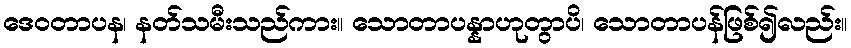
ဒေဝတာပန၊ နတ်သမီးသည်ကား။ သောတာပန္နာဟုတွာပိ၊ သောတာပန်ဖြစ်၍လည်း။